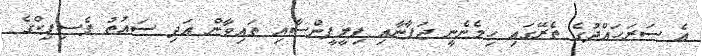
އެ ސަރަހައްދުގެ ތެރޭގައި ހިމެނެނީ ޖަޕާނާއި ފިލީޕީންސާއި ތައިވާން އަދި ސައުތު ޕެސިފިކްގެ